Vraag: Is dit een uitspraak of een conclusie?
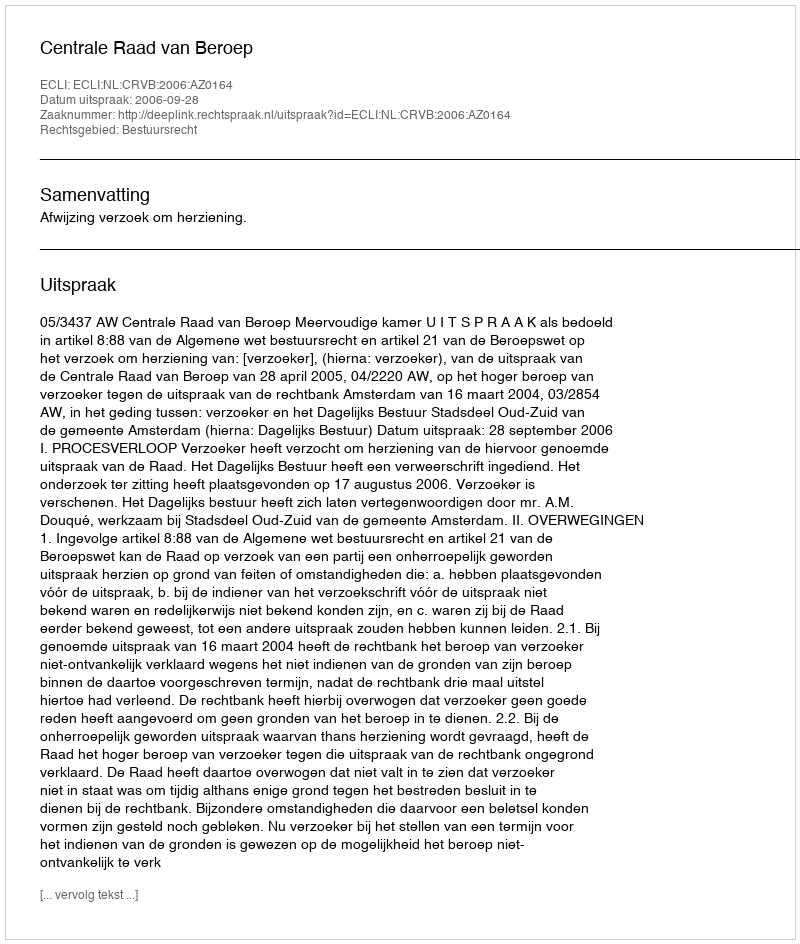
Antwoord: Uitspraak